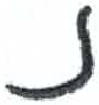
אות: נ